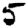
Digit: 5